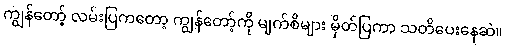
ကျွန်တော့် လမ်းပြကတော့ ကျွန်တော့်ကို မျက်စိများ မှိတ်ပြကာ သတိပေးနေဆဲ။